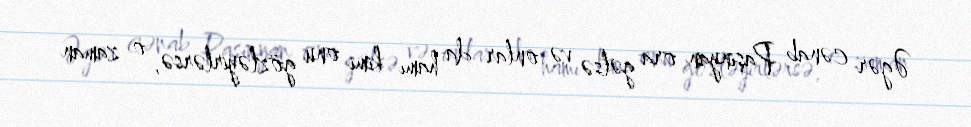
Əgər cənab Paşinyan ora gəlsə və onlar da hamı kimi onu gözləyirlərsə, o zaman